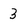
Character: 3